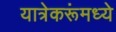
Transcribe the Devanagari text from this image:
यात्रेकरूंमध्ये